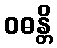
ဝဓန္တိ